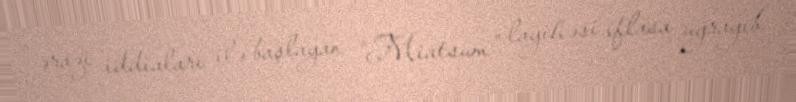
ərazi iddiaları ilə başlayan “Miatsum” layihəsi iflasa uğrayıb.